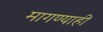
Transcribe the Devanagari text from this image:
मागण्याही